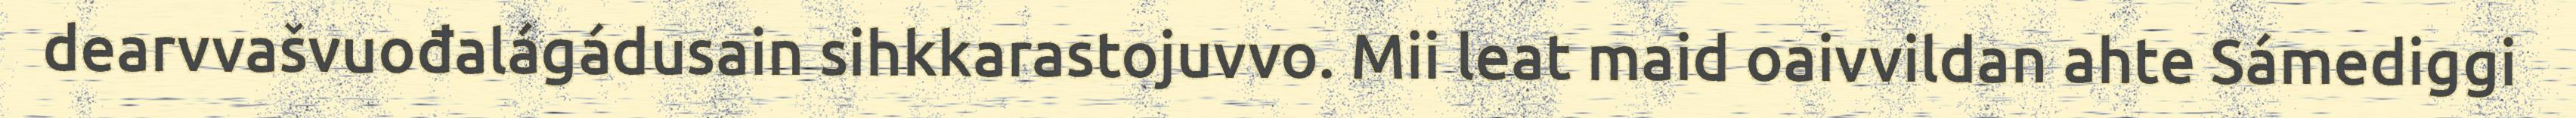
dearvvašvuođalágádusain sihkkarastojuvvo. Mii leat maid oaivvildan ahte Sámediggi